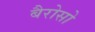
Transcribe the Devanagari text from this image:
बैरोसो